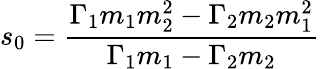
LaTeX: s_{0}={\frac{\Gamma_{1}m_{1}m_{2}^{2}-\Gamma_{2}m_{2}m_{1}^{2}}{\Gamma_{1}m_{1}-\Gamma_{2}m_{2}}}